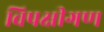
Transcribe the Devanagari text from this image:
विपक्षीगण